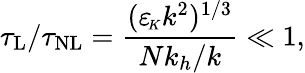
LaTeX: \tau_{\mathrm{L}}/\tau_{\mathrm{NL}}=\frac{({\varepsilon_{\! \scriptscriptstyle K}}k^{2})^{1/3}}{Nk_{h}/k}\ll 1,